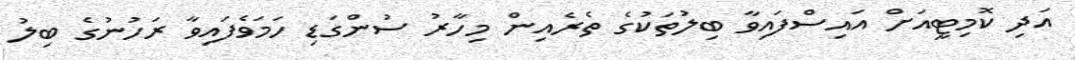
އަދި ކޮމިޓީއަށް އައިސްފައިވާ ބިލުތަކުގެ ތެރެއިން މިހާރު ސުންގަޑި ހަމަވެފައިވާ ރަހުނުގެ ބިލު